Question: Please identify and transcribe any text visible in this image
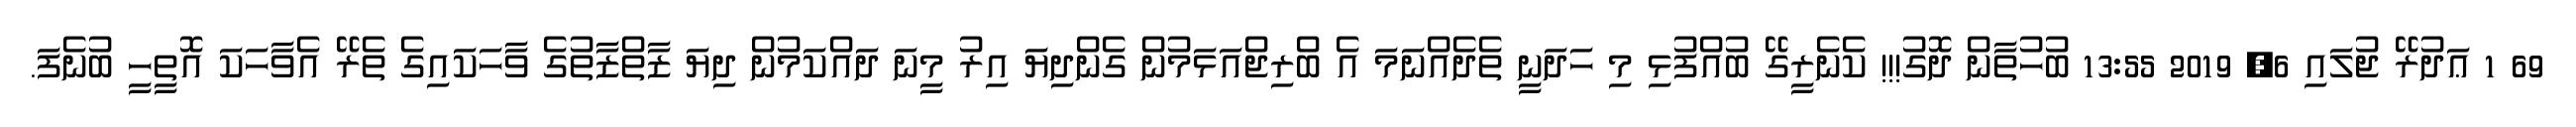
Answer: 69 1 ޢަދުރޭ ޖުލައި 6, 2019 13:55 ބުހުތާން ދޮގު!!! ކެނެރީގޭ ބުއްފުޅި މި ހަދަނީ ތެދެއްނަމަ އެ ބްރިޖްއަޅަމުން ގެންދިޔަ އިރު މީނަ ދައްކަމުން ދިޔަ ޒާތްޒާތުގެ ވާހަކައިގެ ތެރޭ އެވާހަކަ އޮތީހީ ބުނެފަ.